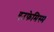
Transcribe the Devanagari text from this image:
एउफेमिस्म